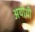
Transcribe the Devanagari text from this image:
अयोथी